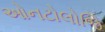
ઓનટોલોજિ